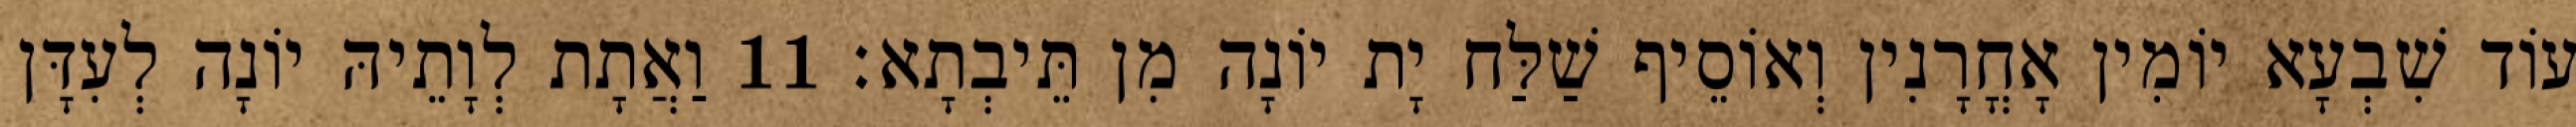
עוֹד שִׁבְעָא יוֹמִין אָחֳרָנִין וְאוֹסֵיף שַׁלַּח יָת יוֹנָה מִן תֵּיבְתָא׃ 11 וַאֲתָת לְוָתֵיהּ יוֹנָה לְעִדָּן